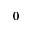
0